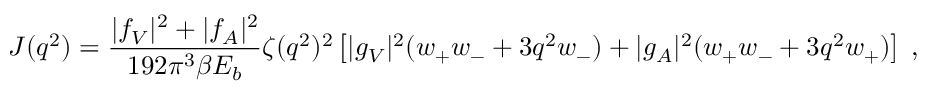
J ( q ^ { 2 } ) = \frac { \vert f _ { V } \vert ^ { 2 } + \vert f _ { A } \vert ^ { 2 } } { 1 9 2 \pi ^ { 3 } \beta E _ { b } } \zeta ( q ^ { 2 } ) ^ { 2 } \left[ \vert g _ { V } \vert ^ { 2 } ( w _ { + } w _ { - } + 3 q ^ { 2 } w _ { - } ) + \vert g _ { A } \vert ^ { 2 } ( w _ { + } w _ { - } + 3 q ^ { 2 } w _ { + } ) \right] \; ,